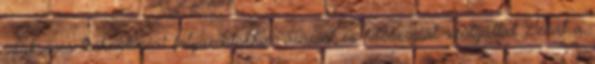
szükséges technológiai folyamatokhoz áramot és hőenergiát szolgáltat. Tehát a